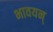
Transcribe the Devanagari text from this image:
भावयन्